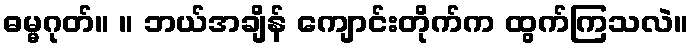
ဓမ္မဂုတ်။ ။ ဘယ်အချိန် ကျောင်းတိုက်က ထွက်ကြသလဲ။